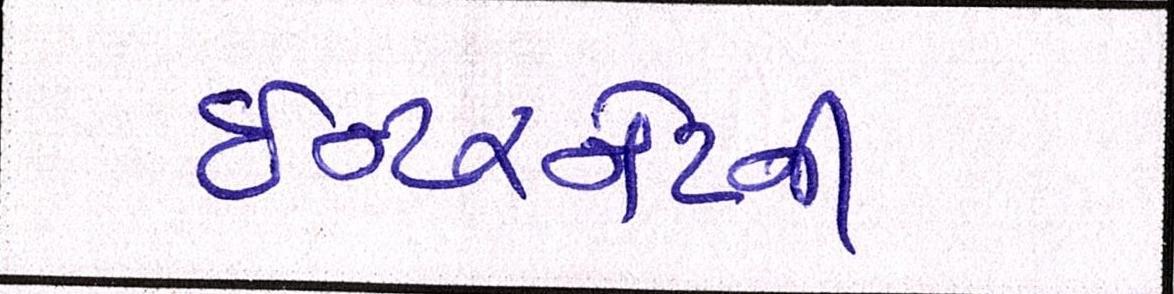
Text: ઈન્ટરનેટની